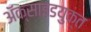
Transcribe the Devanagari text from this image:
अॅक्साइडयुक्त